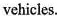
vehicles.